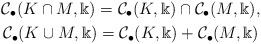
\begin{gather*}\mathcal C_\bullet(K\cap M,\Bbbk)=\mathcal C_\bullet(K,\Bbbk) \cap \mathcal C_\bullet(M,\Bbbk), \\\mathcal C_\bullet(K\cup M,\Bbbk)=\mathcal C_\bullet(K,\Bbbk) + \mathcal C_\bullet(M,\Bbbk)\end{gather*}